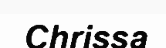
Chrissa